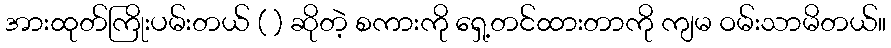
အားထုတ်ကြိုးပမ်းတယ် ( ) ဆိုတဲ့ စကားကို ရှေ့တင်ထားတာကို ကျမ ဝမ်းသာမိတယ်။